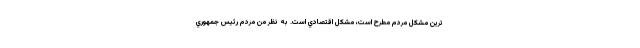
ترين مشكل مردم مطرح است، مشكل اقتصادي است. به نظر من مردم رئيس جمهوري